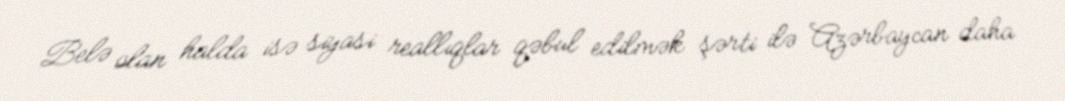
Belə olan halda isə siyasi reallıqlar qəbul edilmək şərti ilə Azərbaycan daha